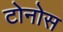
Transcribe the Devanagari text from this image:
टोनोस